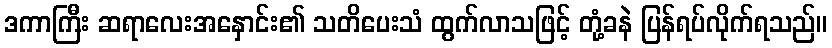
ဒကာကြီး ဆရာလေးအနှောင်း၏ သတိပေးသံ ထွက်လာသဖြင့် တုံ့ခနဲ ပြန်ရပ်လိုက်ရသည်။